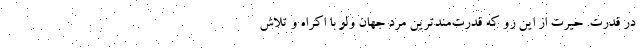
در قدرت. حیرت از این رو که قدرت‌مندترین مرد جهان ولو با اکراه و تلاش